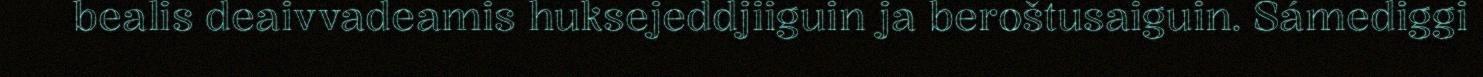
bealis deaivvadeamis huksejeddjiiguin ja beroštusaiguin. Sámediggi